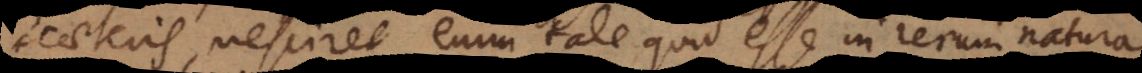
caeteris, nesciret enim tale quid esse in rerum natur